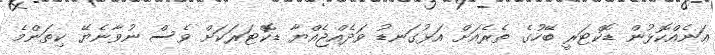
އަނެއްކޮޅުން ޑޮކްޓަރީ ބޭހުގެ ތެރެއަށް އަޅުގަނޑު ވަދެއްޖެއްޔާ ޑޮކްޓަރަކަށް ވެސް ނުވާނެޔޭ ކިތަންމެ